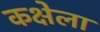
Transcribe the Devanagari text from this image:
कक्षेला